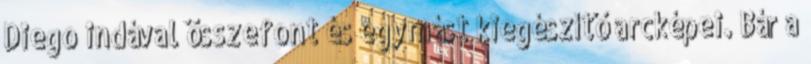
Diego indával összefont és egymást kiegészítő arcképei. Bár a